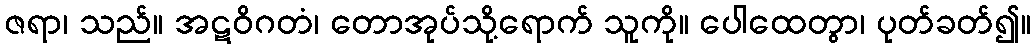
ဇရာ၊ သည်။ အဋဝိဂတံ၊ တောအုပ်သို့ရောက် သူကို။ ပေါထေတွာ၊ ပုတ်ခတ်၍။